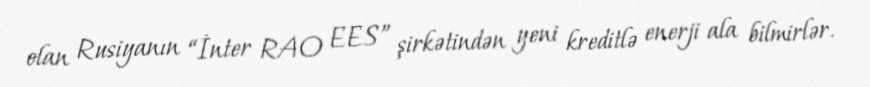
olan Rusiyanın “İnter RAO EES” şirkətindən yeni kreditlə enerji ala bilmirlər.